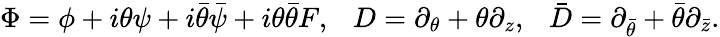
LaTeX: \Phi=\phi+i\theta\psi+i\bar{\theta}\bar{\psi}+i\theta\bar{\theta}F,~~~D=\partial_{\theta}+\theta\partial_{z},~~~\bar{D}=\partial_{\bar{\theta}}+\bar{\theta}\partial_{\bar{z}}.